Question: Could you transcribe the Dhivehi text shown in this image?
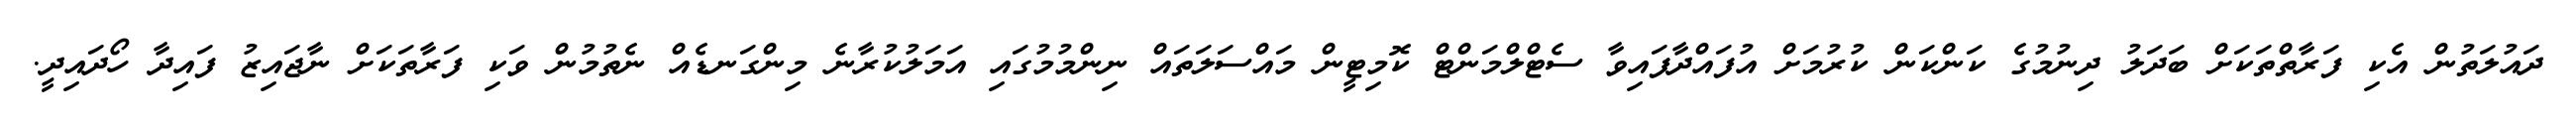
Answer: ދައުލަތުން އެކި ފަރާތްތަކަށް ބަދަލު ދިނުމުގެ ކަންކަން ކުރުމަށް އުފައްދާފައިވާ ސެޓްލްމަންޓް ކޮމިޓީން މައްސަލަތައް ނިންމުމުގައި އަމަލުކުރާނެ މިންގަނޑެއް ނެތުމުން ވަކި ފަރާތަކަށް ނާޖައިޒު ފައިދާ ހޯދައިދީ.